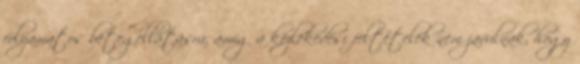
folyamatos betegellátásra, amíg a közlekedési feltételek nem javulnak, hogy